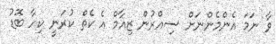
ވާ ނަމަ އެންމެންނަށް ސިއްރުން ޒިއާމް އެ ކެތް ކުރަނީ ކިހާ ބޮޑު